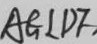
A G \bot D F ,